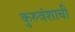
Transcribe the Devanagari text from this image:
कुरुवंशाची